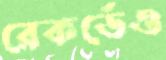
রেকর্ডেও